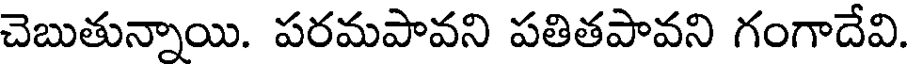
చెబుతున్నాయి. పరమపావని పతితపావని గంగాదేవి.